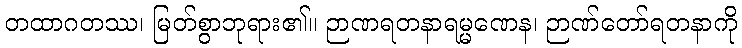
တထာဂတဿ၊ မြတ်စွာဘုရား၏။ ဉာဏရတနာရမ္မဏေန၊ ဉာဏ်တော်ရတနာကို